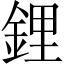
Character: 鋰